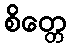
စိတ္တေ